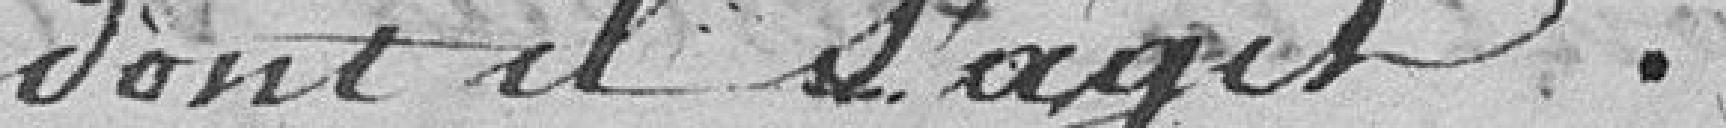
dont ils 'agit.